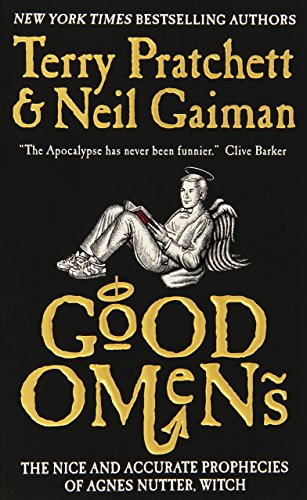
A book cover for Good Omens: The Nice and Accurate Prophecies of Agnes Nutter, Witch; Neil Gaiman; Science Fiction & Fantasy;